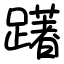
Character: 躇